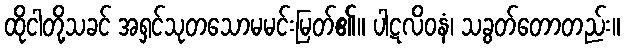
ထိုငါတို့သခင် အရှင်သုတသောမမင်းမြတ်၏။ ပါဋလိဝနံ၊ သခွတ်တောတည်း။